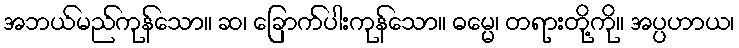
အဘယ်မည်ကုန်သော။ ဆ၊ ခြောက်ပါးကုန်သော။ ဓမ္မေ၊ တရားတို့ကို။ အပ္ပဟာယ၊